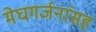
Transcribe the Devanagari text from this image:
मेघगर्जनांसह